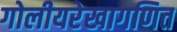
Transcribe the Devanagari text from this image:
गोलीयरेखागणित